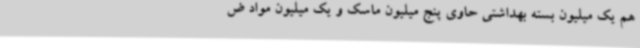
هم یک میلیون بسته بهداشتی حاوی پنج میلیون ماسک و یک میلیون مواد ض